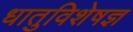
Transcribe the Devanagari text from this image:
धातुविशेषज्ञ